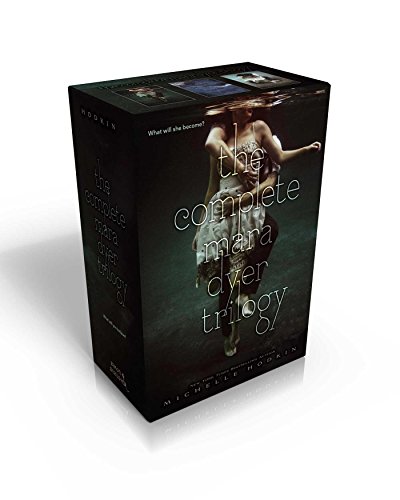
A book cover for The Mara Dyer Trilogy: The Unbecoming of Mara Dyer; The Evolution of Mara Dyer; The Retribution of Mara Dyer; Michelle Hodkin; Teen & Young Adult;